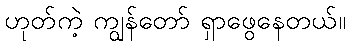
ဟုတ်ကဲ့ ကျွန်တော် ရှာဖွေနေတယ်။